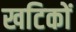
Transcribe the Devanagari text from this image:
खटिकों